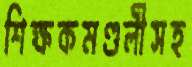
শিক্ষকমণ্ডলীসহ